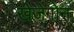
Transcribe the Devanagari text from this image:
खेजेगोन